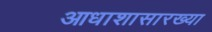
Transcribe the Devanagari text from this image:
आधाशासारख्या